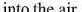
into the air